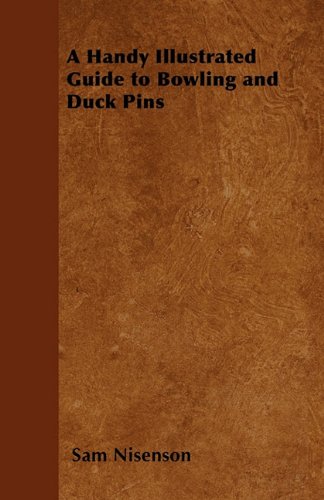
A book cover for A Handy Illustrated Guide to Bowling and Duck Pins; Sam Nisenson; Sports & Outdoors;